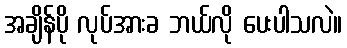
အချိန်ပို လုပ်အားခ ဘယ်လို ပေးပါသလဲ။